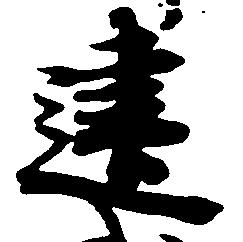
建